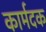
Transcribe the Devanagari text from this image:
कार्मदक